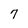
Character: 7